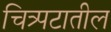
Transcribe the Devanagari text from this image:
चित्र्पटातील